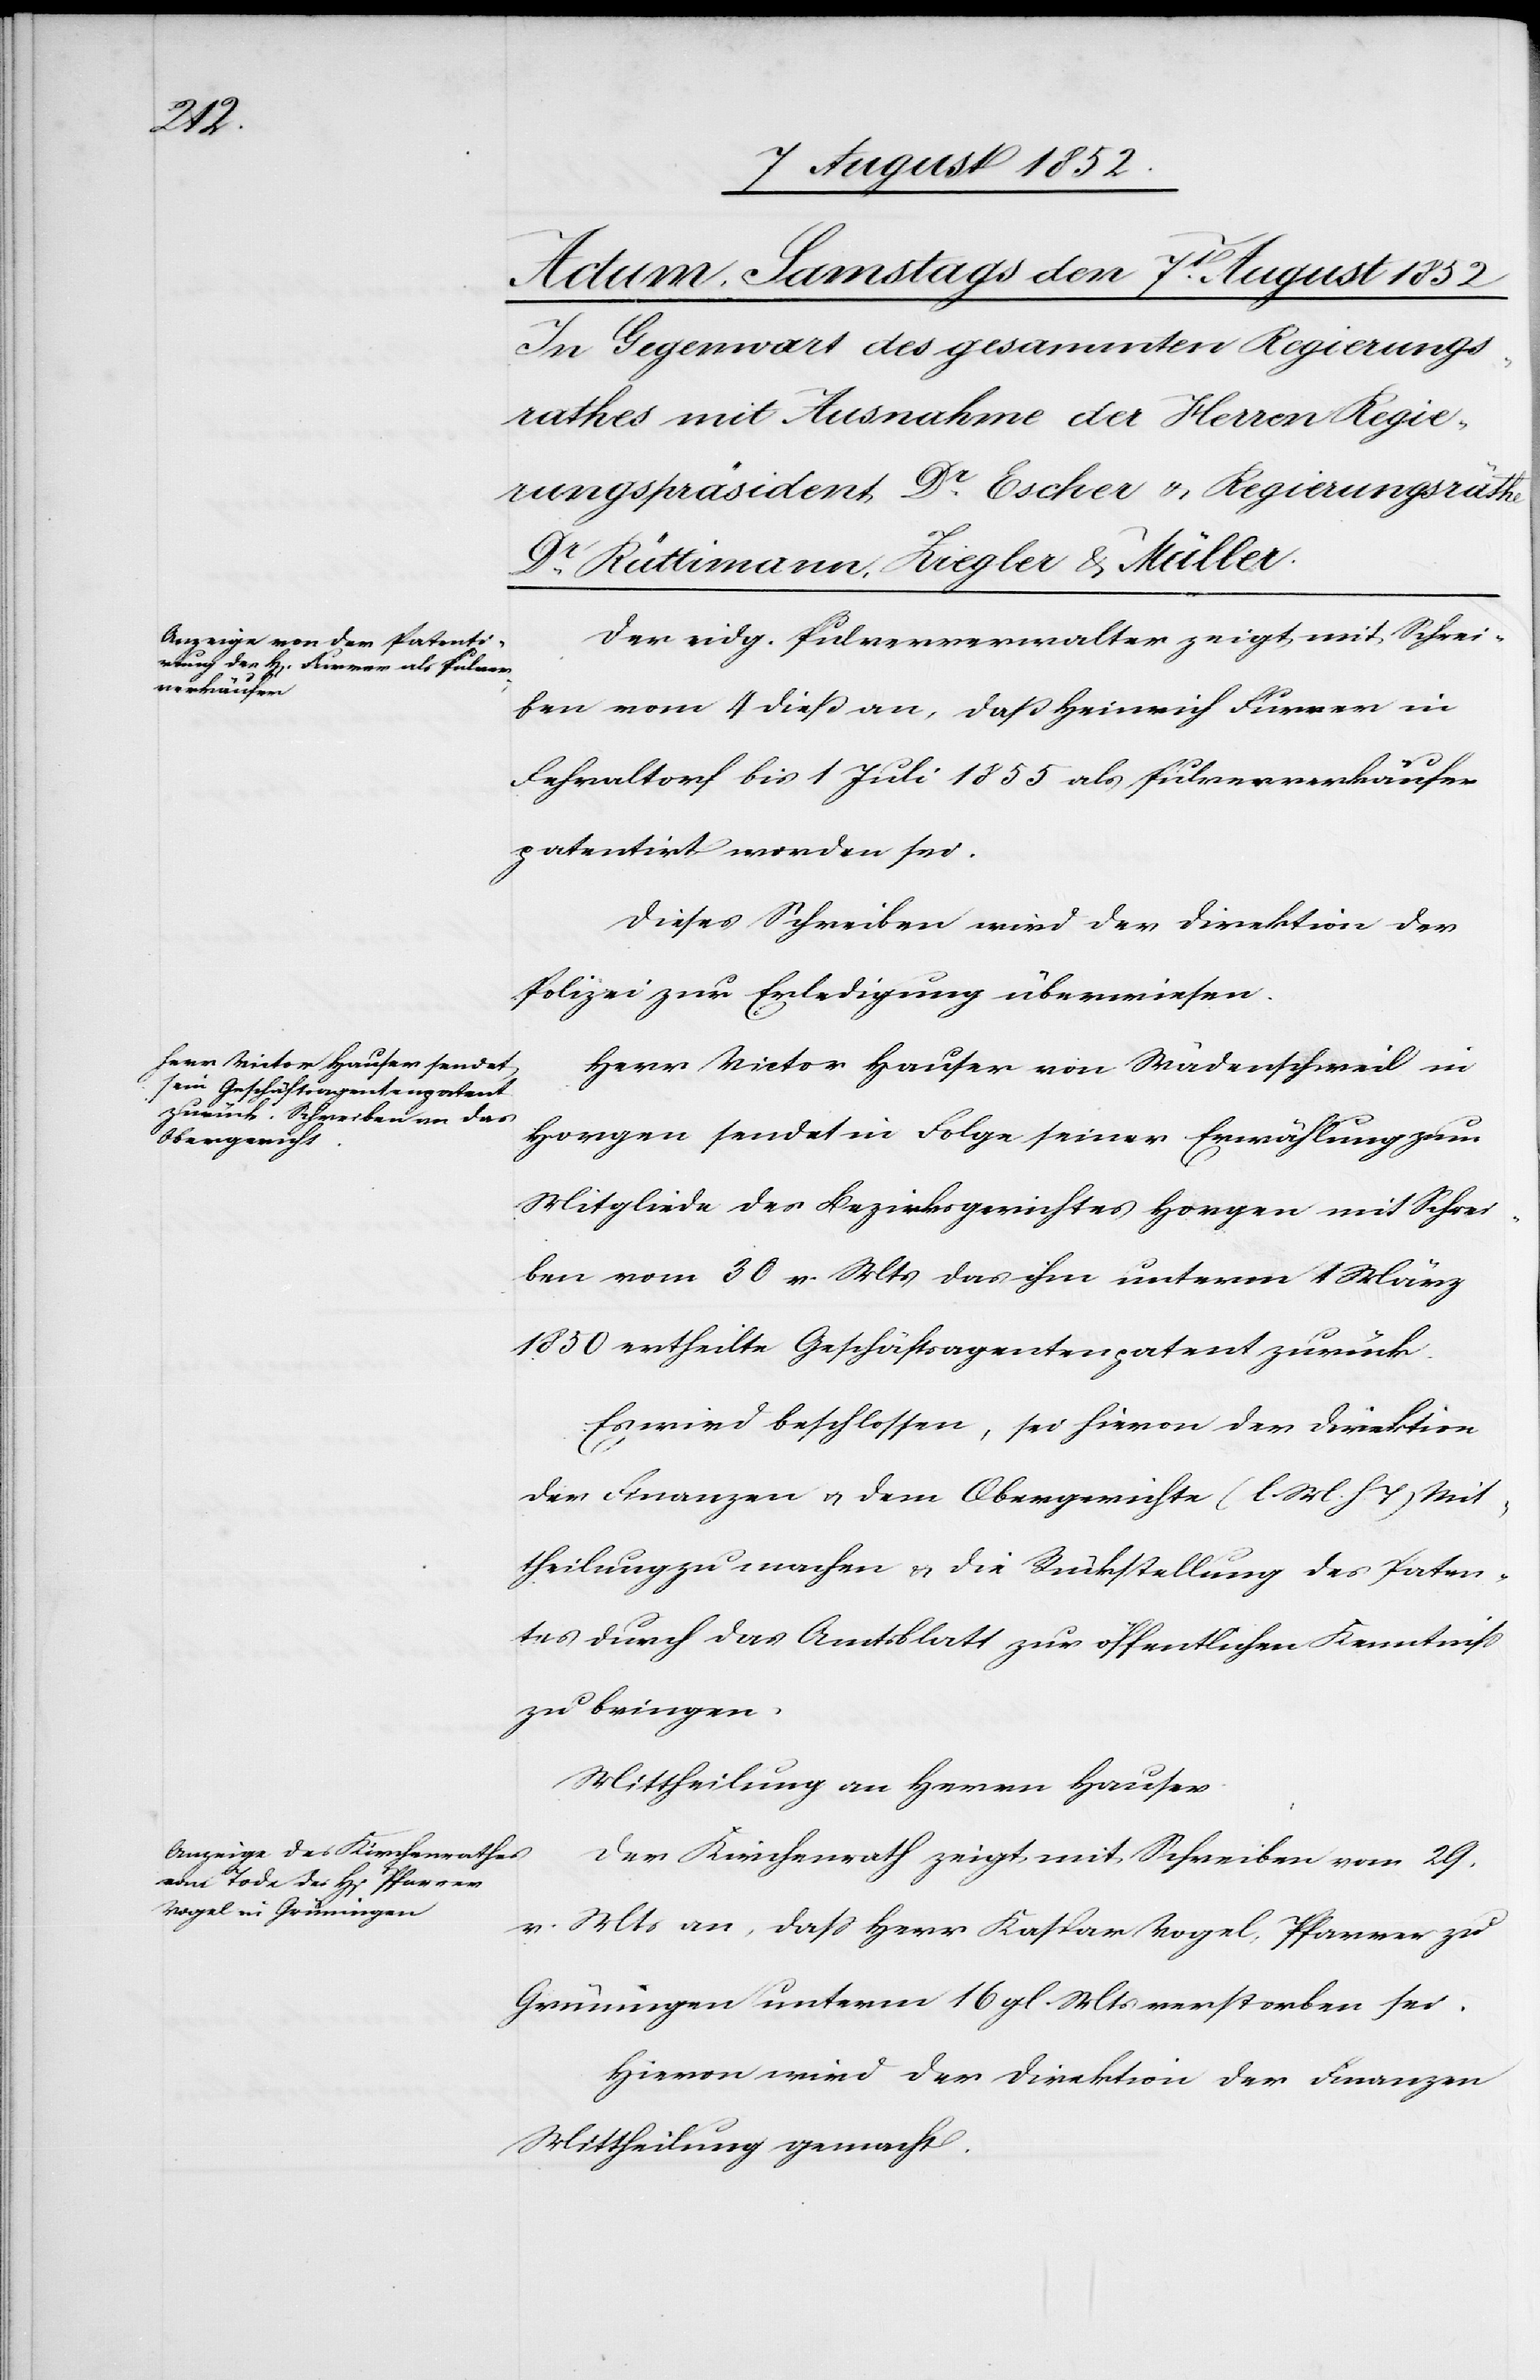
Der eidg. Pulververwalter zeigt mit Schrei¬
ben vom 4 dieß an, daß Heinrich Furrer in
Fehraltorf bis 1 Juli 1855 als Pulververkäufer
patentirt worden sei.
Dieses Schreiben wird der Direktion der
Polizei zur Erledigung überwiesen.
Herr Victor Hauser von Wädenschweil in
Horgen sendet in Folge seiner Erwählung zum
Mitgliede des Bezirksgerichtes Horgen mit Schrei¬
ben vom 30 v. Mts das ihm unterm 1 März
1850 ertheilte Geschäftsagentenpatent zurück.
Es wird beschlossen, sei hievon der Direktion
der Finanzen & dem Obergerichte (l. M. h. T) Mit¬
theilung zu machen & die Rückstellung des Paten¬
tes durch das Amtsblatt zur öffentlichen Kenntniss
zu bringen.
Mittheilung an Herrn Hauser.
Der Kirchenrath zeigt mit Schreiben vom 29.
v. Mts an, dass Herr Kaspar Vogel, Pfarrer zu
Grüningen unterm 16 gl. Mts verstorben sei.
Hievon wird der Direktion der Finanzen
Mittheilung gemacht.